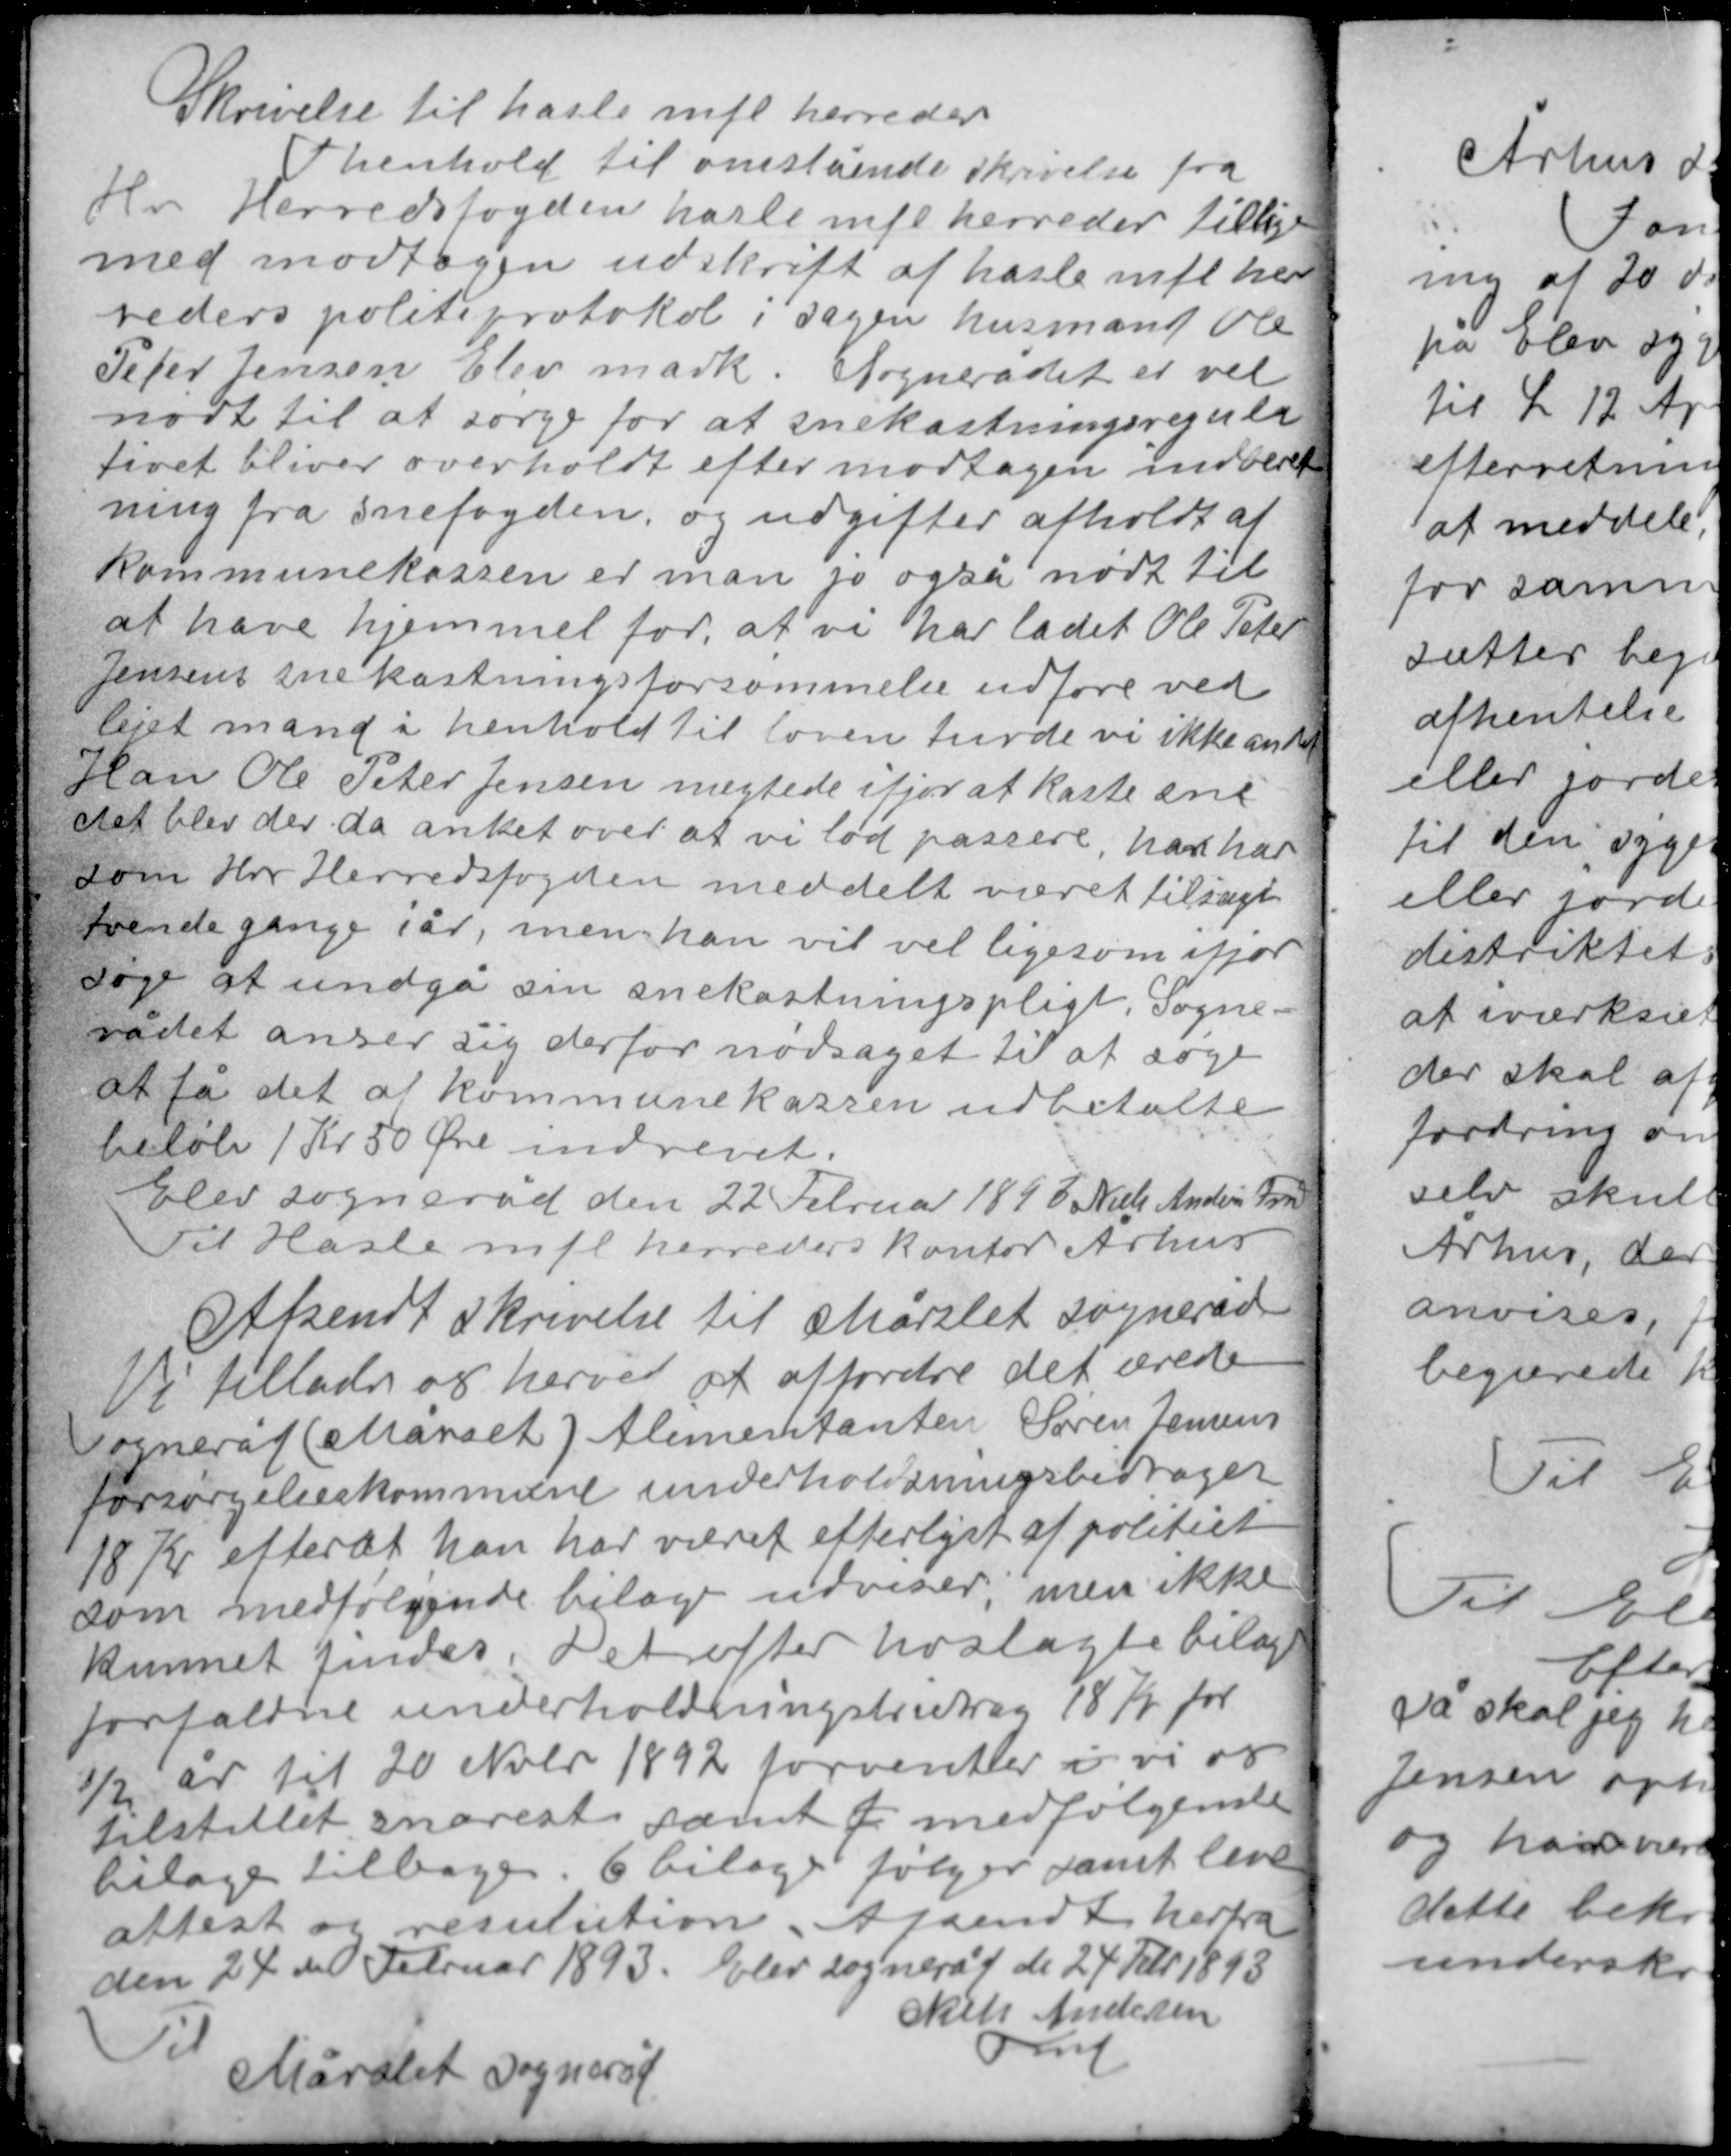
Transskription:
Skrivelse til hasle mfl herreder
I henhold til omstående skrivelse fra
Hr Herredsfogden hasle mfl herreder tillige
med modtagen udskrift af hasle mfl her-
reders politiprotokol i sagen husmand Ole
Peter Jensen Elev mark. Sognerådet er vel
nødt til at sørge for at snekastningsregula-
tivet bliver overholdt efter modtagen indberet-
ning fra snefogden, og udgifter afholdt af
kommunekassen er man jo også nødt til
at have hjemmel for, at vi har ladet Ole Peter
Jensens snekastningsforsømmelse uføre ved
lejet mand i henhold til loven turde vi ikke andet
Han Ole Peter Jensen nægtede ifjor at kaste sne
det blev der da anket over at vi lod passere han har
som Hr Herredsfogden meddelt været tilsagt
tvende gange i år, men han vil vel ligesom ifjor
søge at undgå sin snekastningspligt. Sogne-
rådet anser sig derfor nødsaget til at søge
at få det af kommunekassen udbetalte
beløb 1 Kr 50 Øre indrevet.

Elev sogneråd den 22 Februar 1893 Niels Andersen Fmd
Til Hasle mfl herreders kontor Århus

Afsendt skrivelse til Mårslet sogneråd
Vi tillader os herved at affordre det ærede
sogneråd (Mårslet) Alimentanten Søren Jensens
forsørgelseskommune underholdningsbidraget
18 Kr efterat han har været efterlyst af politiet
som medfølgende bilage udviser, men ikke
kunnet findes. Det efter hoslagte bilage
forfaldne underholdningsbidrag 18 Kr for
½ år til 20 Nvbr 1892 forventer i vi os
tilstillet snarest samt J medfølgende
bilage tilbage. 6 bilage følger samt leve-
attest og resulution. Afsendt herfra
den 24 de Februar 1893. Elev sogneråd d 24 Febr 1893
Niels Andersen
Fmd
Til
Mårslet sogneråd